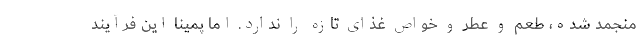
منجمد شده، طعم و عطر و خواص غذای تازه را ندارد. اما پمینا این فرآیند